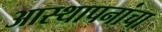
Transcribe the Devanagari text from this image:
आस्थापनांचा